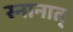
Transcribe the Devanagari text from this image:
स्नानात्